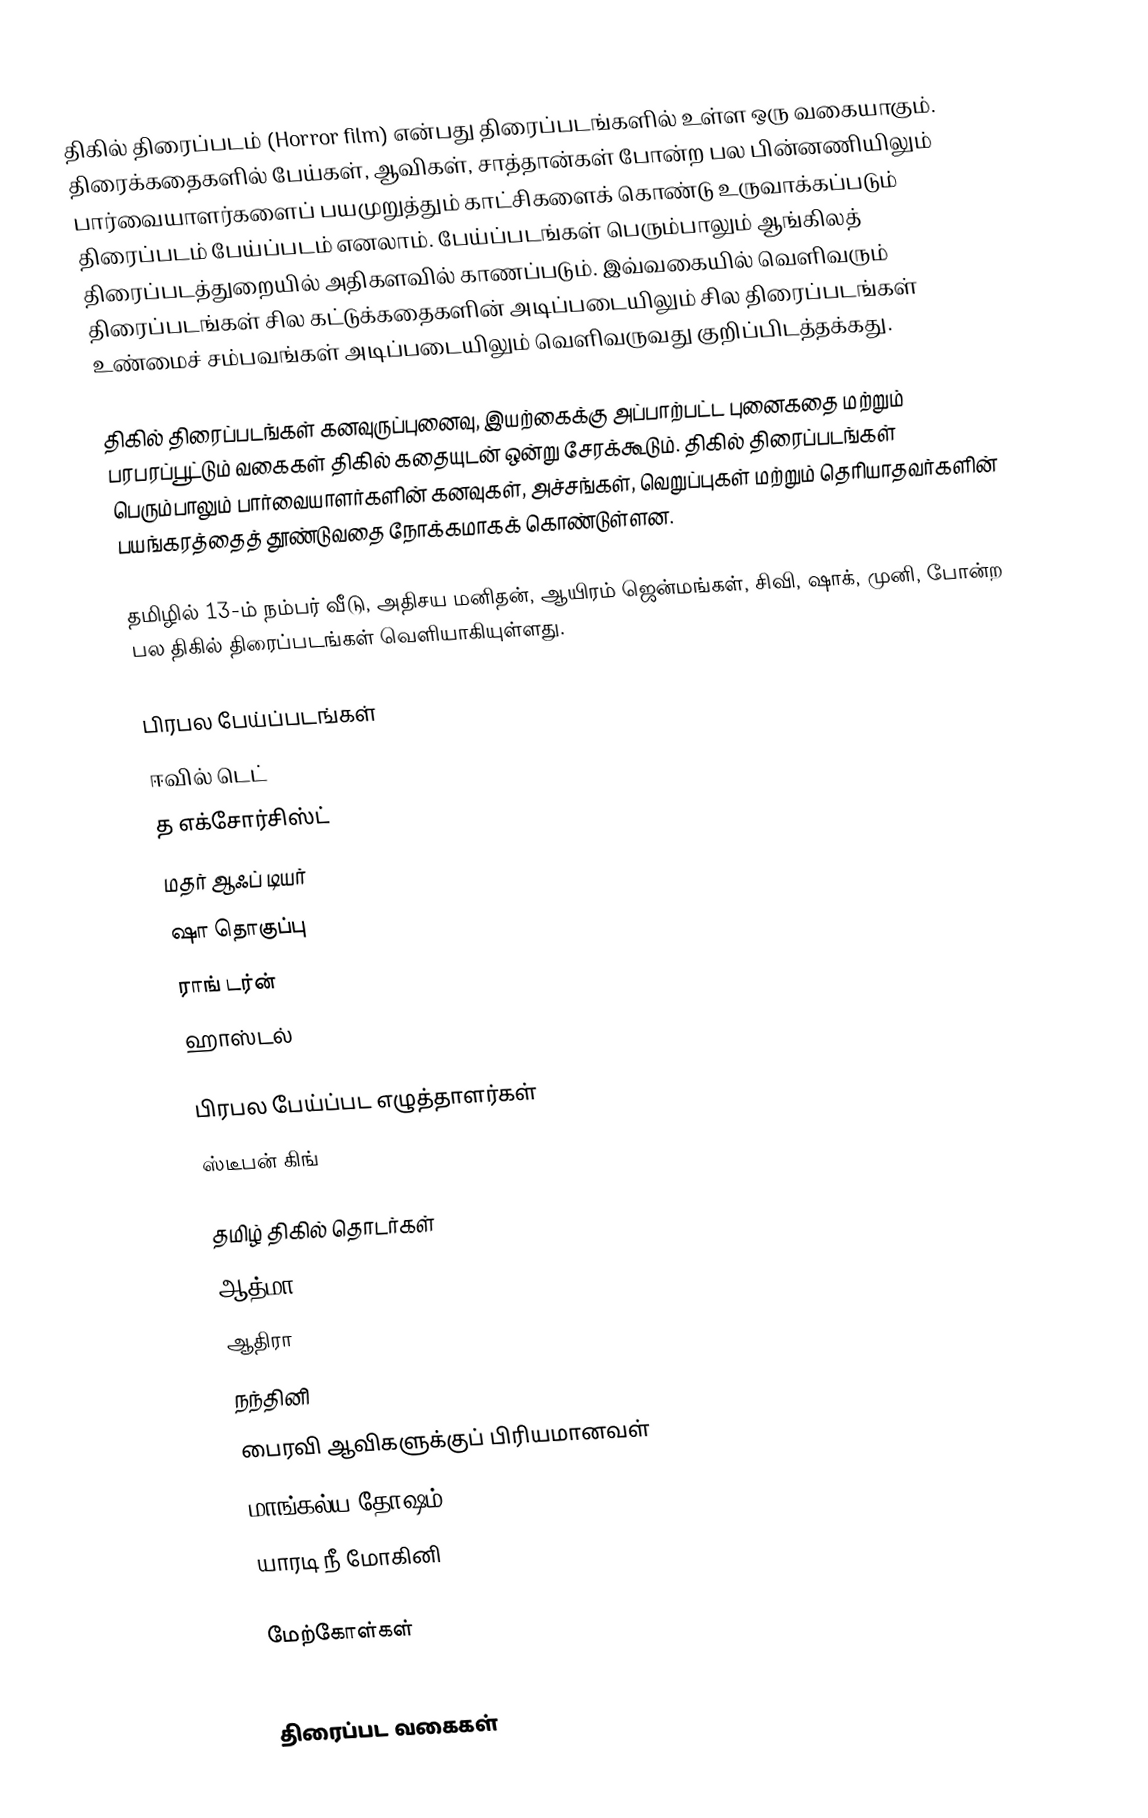
திகில் திரைப்படம் (Horror film) என்பது திரைப்படங்களில் உள்ள ஒரு வகையாகும். திரைக்கதைகளில் பேய்கள், ஆவிகள், சாத்தான்கள்  போன்ற பல பின்னணியிலும் பார்வையாளர்களைப் பயமுறுத்தும் காட்சிகளைக் கொண்டு உருவாக்கப்படும் திரைப்படம் பேய்ப்படம் எனலாம். பேய்ப்படங்கள் பெரும்பாலும் ஆங்கிலத் திரைப்படத்துறையில் அதிகளவில் காணப்படும். இவ்வகையில் வெளிவரும் திரைப்படங்கள் சில கட்டுக்கதைகளின் அடிப்படையிலும் சில திரைப்படங்கள் உண்மைச் சம்பவங்கள் அடிப்படையிலும் வெளிவருவது குறிப்பிடத்தக்கது.

திகில் திரைப்படங்கள் கனவுருப்புனைவு, இயற்கைக்கு அப்பாற்பட்ட புனைகதை மற்றும் பரபரப்பூட்டும் வகைகள் திகில் கதையுடன் ஒன்று சேரக்கூடும். திகில் திரைப்படங்கள் பெரும்பாலும் பார்வையாளர்களின் கனவுகள், அச்சங்கள், வெறுப்புகள் மற்றும் தெரியாதவர்களின் பயங்கரத்தைத் தூண்டுவதை நோக்கமாகக் கொண்டுள்ளன.

தமிழில் 13-ம் நம்பர் வீடு, அதிசய மனிதன், ஆயிரம் ஜென்மங்கள், சிவி, ஷாக், முனி, போன்ற பல திகில் திரைப்படங்கள் வெளியாகியுள்ளது.

பிரபல பேய்ப்படங்கள்
 ஈவில் டெட்
 த எக்சோர்சிஸ்ட்
 மதர் ஆஃப் டியர்
 ஷா தொகுப்பு
 ராங் டர்ன்
 ஹாஸ்டல்

பிரபல பேய்ப்பட எழுத்தாளர்கள்
 ஸ்டீபன் கிங்

தமிழ் திகில் தொடர்கள்
 ஆத்மா
 ஆதிரா
 நந்தினி
 பைரவி ஆவிகளுக்குப் பிரியமானவள்
 மாங்கல்ய தோஷம்
 யாரடி நீ மோகினி

மேற்கோள்கள்

திரைப்பட வகைகள்